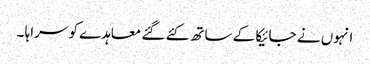
انہوں نے جائیکا کے ساتھ کئے گئے معاہدے کو سراہا ۔